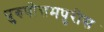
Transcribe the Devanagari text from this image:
पुरुषोत्तमपुरीस